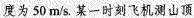
度为50m/s。某一时刻飞机测山顶